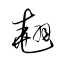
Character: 翹